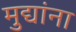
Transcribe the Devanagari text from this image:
मुद्यांना